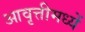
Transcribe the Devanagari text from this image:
आवृत्तीमध्यें